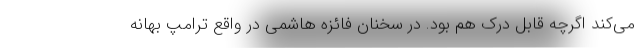
می‌کند اگرچه قابل درک هم بود. در سخنان فائزه هاشمی در واقع ترامپ بهانه